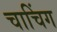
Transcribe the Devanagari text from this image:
चाचिंग